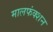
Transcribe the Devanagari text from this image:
मालफंक्शन